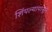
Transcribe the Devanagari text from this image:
शिंपल्यापासून